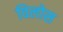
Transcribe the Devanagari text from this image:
विलोस